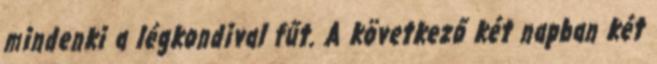
mindenki a légkondival fűt. A következő két napban két